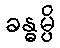
ခန္ဓမ္ပိ